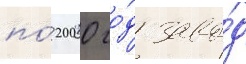
по́ 2000 го́д заво́д